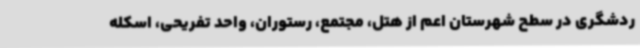
ردشگری در سطح شهرستان اعم از هتل، مجتمع، رستوران، واحد تفریحی، اسکله